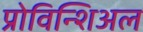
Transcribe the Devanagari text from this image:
प्रोविन्शिअल